Bombay plague: being a history of the progress of plague in the Bombay presidency from September 1896 to June 1899
Year: 1896
Disease focus: Plague
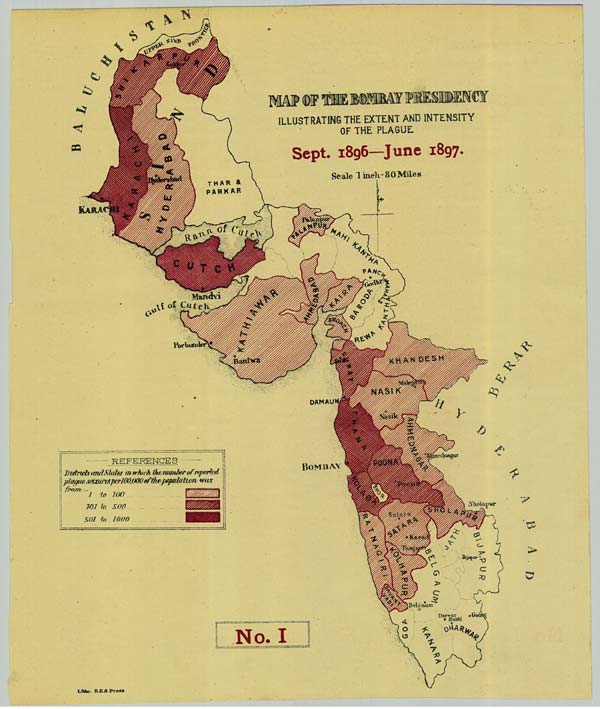
No.
I
Litho: B.E.S. Press.